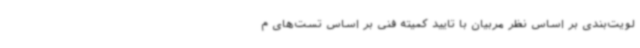
لویت‌بندی بر اساس نظر مربیان با تایید کمیته فنی بر اساس تست‌های م